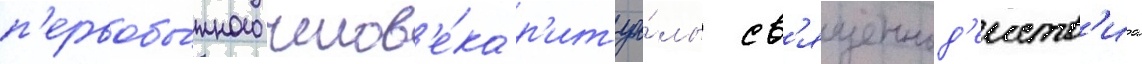
п'ервобы́тного челов'е́ка р'итуа́лы св'ященнод'еиств'иа